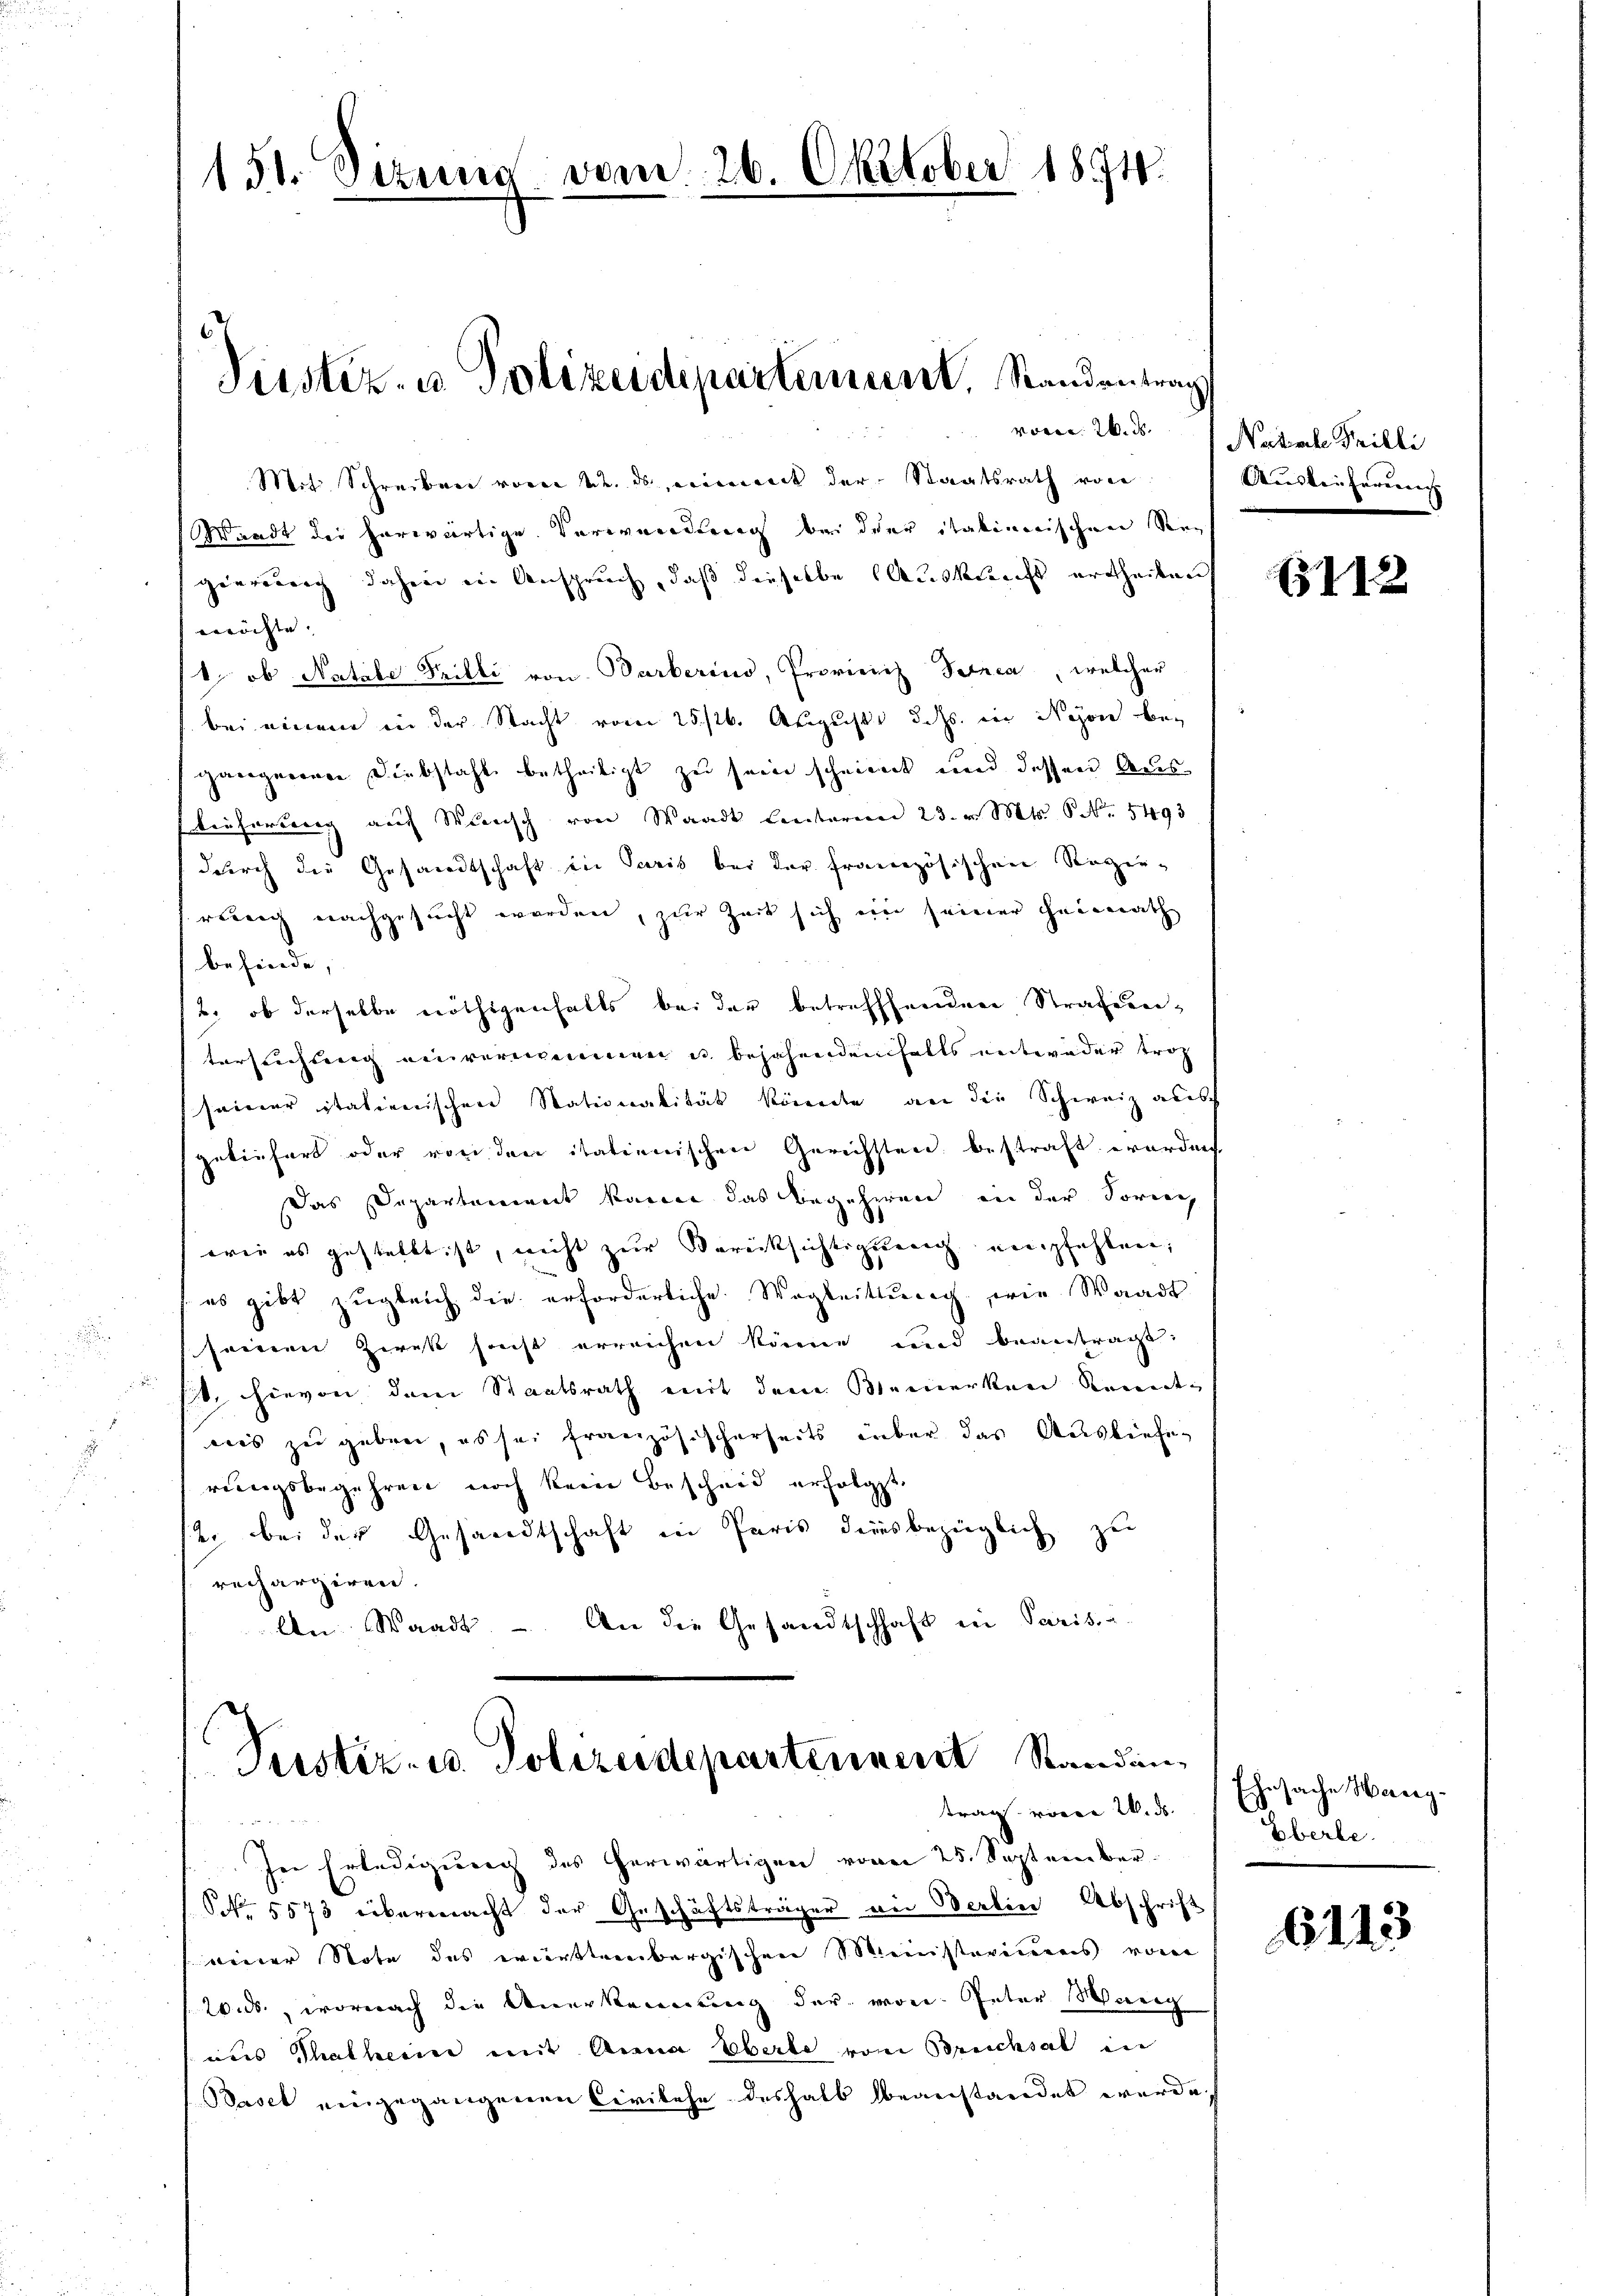
150. Sitzung vom 26. Oktober 1891.

von. 2. d.
Mit Schreiben vom 22. ds. einent der Staatsrath von
Waadt der herwärtige Verwendung bei der italinerischen Regierung dahin in Anspruch, daß dieselbe Auskunft ertheilen
erröchte. |
1, ob Natale Feilli von Barberino, Provicich Petrca, welcher
bei einem in der Nacht vom 25 st. August d. Js. in Nyon begangerenen Diebstahl betheiligt zu sein scheint und dessen Aus
lieherberg auf Wunsch von Waadt Lentaria 23. v. Mts. Nr. 5493
durch die Gesandtschaft in Paris bei der französischen Regie-
reuig nachgesucht worden, zur Zeit sich in seiner Heimath
befinde,
u, ob derselbe nöthigenfalls bei der betreffenden Strafentersuchung einvernommen u. bejahendenfalls entweder trag
seiner italienischen Stationalität könnte, an die Schweiz aus
geliefert oder von den itationischen Gerichsten bestraft worden
Das Departement kanne das begehren in der Sorien
wie es gestellt ist, nicht zur Berücksichtigung empfehlen;
/ es gibt zugleich die erforderliche Wegleitung wie Waadt
e
seinen Zirekt sicht erreichen könne und beantragt
sit, hievon dem Staatsrath mit dem Bemerken Kennt¬
.
nis zu geben, es sei französischerseits über das Ausliefeh
.
rungsbegehren noch kein Bescheid erfolgt,
2. bei der Gesandtschaft in Paris diesbezüglich zu
rechargiren.
An Waadt. - An die Gesandtschhaft in Parisie¬

s
Tustiz- u. Polizeidepartement. Standentrag

Justiz- u. Polizeidepartennert Standen
trag voren W. d.

In Erledigung des herwärtigen vom 25. September.
Nr. 5573 übermacht der Geschäftsträger an Berlin Abschrift
weider Note des württembergischen Ministeriens von
20. ds., wornach die Anerkennung der von Peter Wang
aus Thalherige mit Anna Eberle von Brucksal in
Basel eingegangenen Civilehe deshalb beanstandet werde.

Natsche Prilli
Ausleiferung

13112

Ehesache Hang.
Eberle.

6113